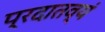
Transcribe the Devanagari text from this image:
प्रदातव्यं